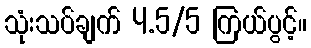
သုံးသပ်ချက် 4.5/5 ကြယ်ပွင့်။